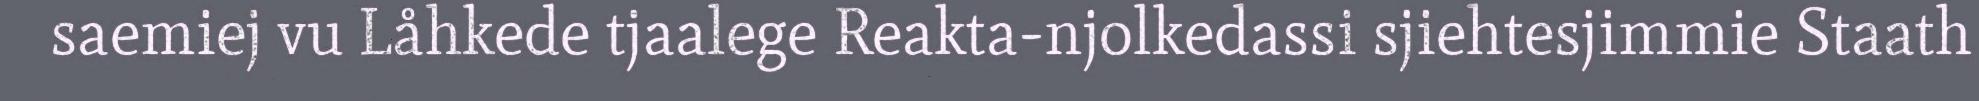
saemiej vu Låhkede tjaalege Reakta-njolkedassi sjiehtesjimmie Staath